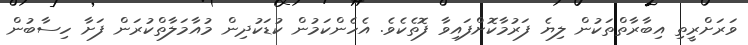
ވަރަށްރީތި އިބާރާތްތަކުން ލިޔެ ފަރުމާކޮށްފައިވާ ފޮތެކެވެ. އެހެންކަމުން ކުޑަކުދިން މުއާމަލާތްކުރަން ފަށާ ހިސާބުން